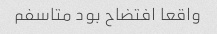
واقعا افتضاح بود متاسفم